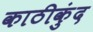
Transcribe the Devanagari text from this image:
काठीकुंद